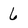
Character: 6